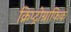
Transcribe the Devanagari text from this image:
क्रिप्ट्रोग्राफिक